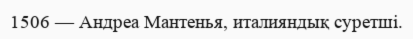
1506 — Андреа Мантенья, италияндық суретші.